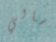
سالي